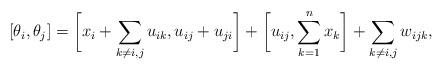
LaTeX: \begin{gather*} [\theta_i,\theta_j]= \biggl[ x_i+ \sum_{k \not= i,j} u_{ik}, u_{ij}+u_{ji}\biggr] +\biggl[u_{ij},\sum_{k=1}^{n} x_k \biggr]+ \sum_{k \not= i,j} w_{ijk},\end{gather*}